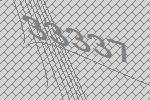
33337